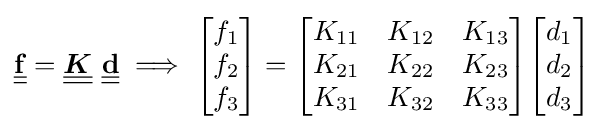
{\underline {\underline {\mathbf {f} }}}={\underline {\underline {\boldsymbol {K}}}}~{\underline {\underline {\mathbf {d} }}}\implies {\begin{bmatrix}f_{1}\\f_{2}\\f_{3}\end{bmatrix}}={\begin{bmatrix}K_{11}&K_{12}&K_{13}\\K_{21}&K_{22}&K_{23}\\K_{31}&K_{32}&K_{33}\end{bmatrix}}{\begin{bmatrix}d_{1}\\d_{2}\\d_{3}\end{bmatrix}}